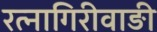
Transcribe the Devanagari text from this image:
रत्‍नागिरीवाङी